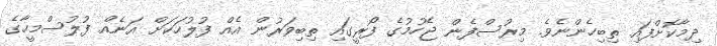
ދިމާކޮށްފައި ތިބިހެންނެވެ. މިރުސްފެން ޖެހުމުގެ ފޯރީގައި ތިބިވަރުން އެއް ފުލުހަކަށް އަނެއް ފުލުސްމީހާގެ